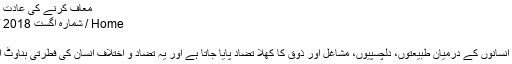
معاف کرنے کی عادت ڈالیے - IISRA Magazine
Home / شمارہ اگست 2018 / معاف کرنے کی عادت ڈالیے
تحریر:محمد ندیم پشاوری
عام طور پر معاشرے میں تمام انسانوں کے درمیان طبیعتوں، دلچسپیوں، مشاغل اور ذوق کا کھلا تضاد پایا جاتا ہے اور یہ تضاد و اختلاف انسان کی فطرتی بناوٹ اور قدرتی ساخت کا تقاضا ہے۔